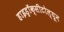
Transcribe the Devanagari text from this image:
हाइड्रॉक्सीटोल्यून